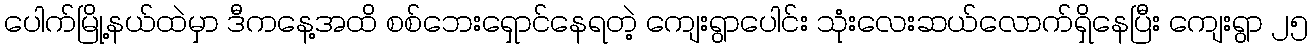
ပေါက်မြို့နယ်ထဲမှာ ဒီကနေ့အထိ စစ်ဘေးရှောင်နေရတဲ့ ကျေးရွာပေါင်း သုံးလေးဆယ်လောက်ရှိနေပြီး ကျေးရွာ ၂၅